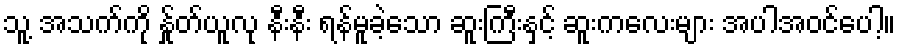
သူ့ အသက်ကို န်ှုတ်ယူလု နီးနီး ရန်မူခဲ့သော ဆူးကြီးနှင့် ဆူးကလေးများ အပါအဝင်ပေါ့။